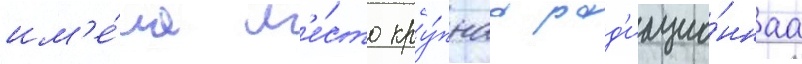
им'е́ла м'е́сто кру́пнаа рад'иацио́ннаа